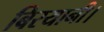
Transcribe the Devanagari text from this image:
बिरयानी।